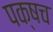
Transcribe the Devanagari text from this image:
पक्षच